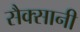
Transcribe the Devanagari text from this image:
सैक्सानी